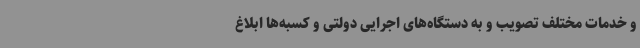
و خدمات مختلف تصویب و به دستگاه‌های اجرایی دولتی و کسبه‌ها ابلاغ